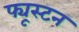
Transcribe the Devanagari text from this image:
फ्यूस्टन